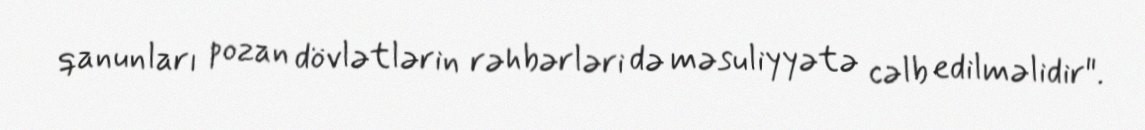
qanunları pozan dövlətlərin rəhbərləri də məsuliyyətə cəlb edilməlidir".